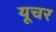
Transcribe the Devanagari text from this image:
यूचर